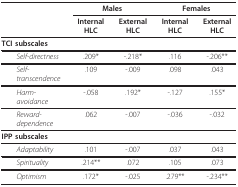
<table><thead><tr><td></td><td colspan="2"><b>Males</b></td><td colspan="2"><b>Females</b></td></tr><tr><td></td><td><b>Internal HLC</b></td><td><b>External HLC</b></td><td><b>Internal HLC</b></td><td><b>External HLC</b></td></tr></thead><tbody><tr><td colspan="5"><b>TCI subscales</b></td></tr><tr><td> <i>Self-directness</i></td><td>.209*</td><td>-.218*</td><td>.116</td><td>-.206**</td></tr><tr><td> <i>Self- transcendence</i></td><td>.109</td><td>-.009</td><td>.098</td><td>.043</td></tr><tr><td> <i>Harm- avoidance</i></td><td>-.058</td><td>.192*</td><td>-.127</td><td>.155*</td></tr><tr><td> <i>Reward-</i><i>dependence</i></td><td>.062</td><td>-.007</td><td>-.036</td><td>-.032</td></tr><tr><td colspan="5"><b>IPP subscales</b></td></tr><tr><td> <i>Adaptability</i></td><td>.101</td><td>-.007</td><td>.037</td><td>.043</td></tr><tr><td> <i>Spirituality</i></td><td>.214**</td><td>.072</td><td>.105</td><td>.073</td></tr><tr><td> <i>Optimism</i></td><td>.172*</td><td>-.025</td><td>.279**</td><td>-.234**</td></tr></tbody></table>